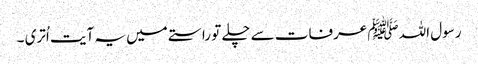
رسول اللہ ﷺ عرفات سے چلے تو راستے میں یہ آیت اُتری ۔